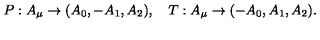
P : A _ { \mu } \rightarrow ( A _ { 0 } , - A _ { 1 } , A _ { 2 } ) , \quad T : A _ { \mu } \rightarrow ( - A _ { 0 } , A _ { 1 } , A _ { 2 } ) .